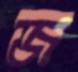
জ